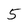
Character: 5